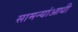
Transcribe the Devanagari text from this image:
सामन्यांआधी